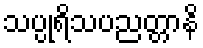
သပ္ပုရိသပညတ္တာနိ